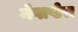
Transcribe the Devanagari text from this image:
मेगाप्टेरा